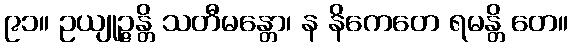
၉၁။ ဥယျုဉ္ဇန္တိ သတီမန္တော၊ န နိကေတေ ရမန္တိ တေ။